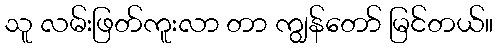
သူ လမ်းဖြတ်ကူးလာ တာ ကျွန်တော် မြင်တယ်။